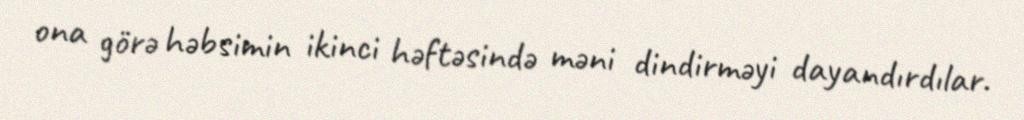
ona görə həbsimin ikinci həftəsində məni dindirməyi dayandırdılar.